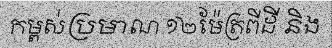
កម្ពស់ប្រមាណ ១២ម៉ែត្រពីដី និង